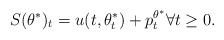
\begin{align*}S(\theta^*)_t = u(t,\theta^*_t) + p_t^{\theta^*} \forall t\geq 0. \end{align*}